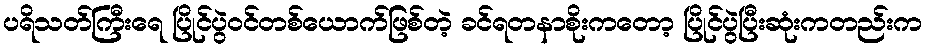
ပရိသတ်ကြီးရေ ပြိုင်ပွဲဝင်တစ်ယောက်ဖြစ်တဲ့ ခင်ရတနာစိုးကတော့ ပြိုင်ပွဲပြီးဆုံးကတည်းက